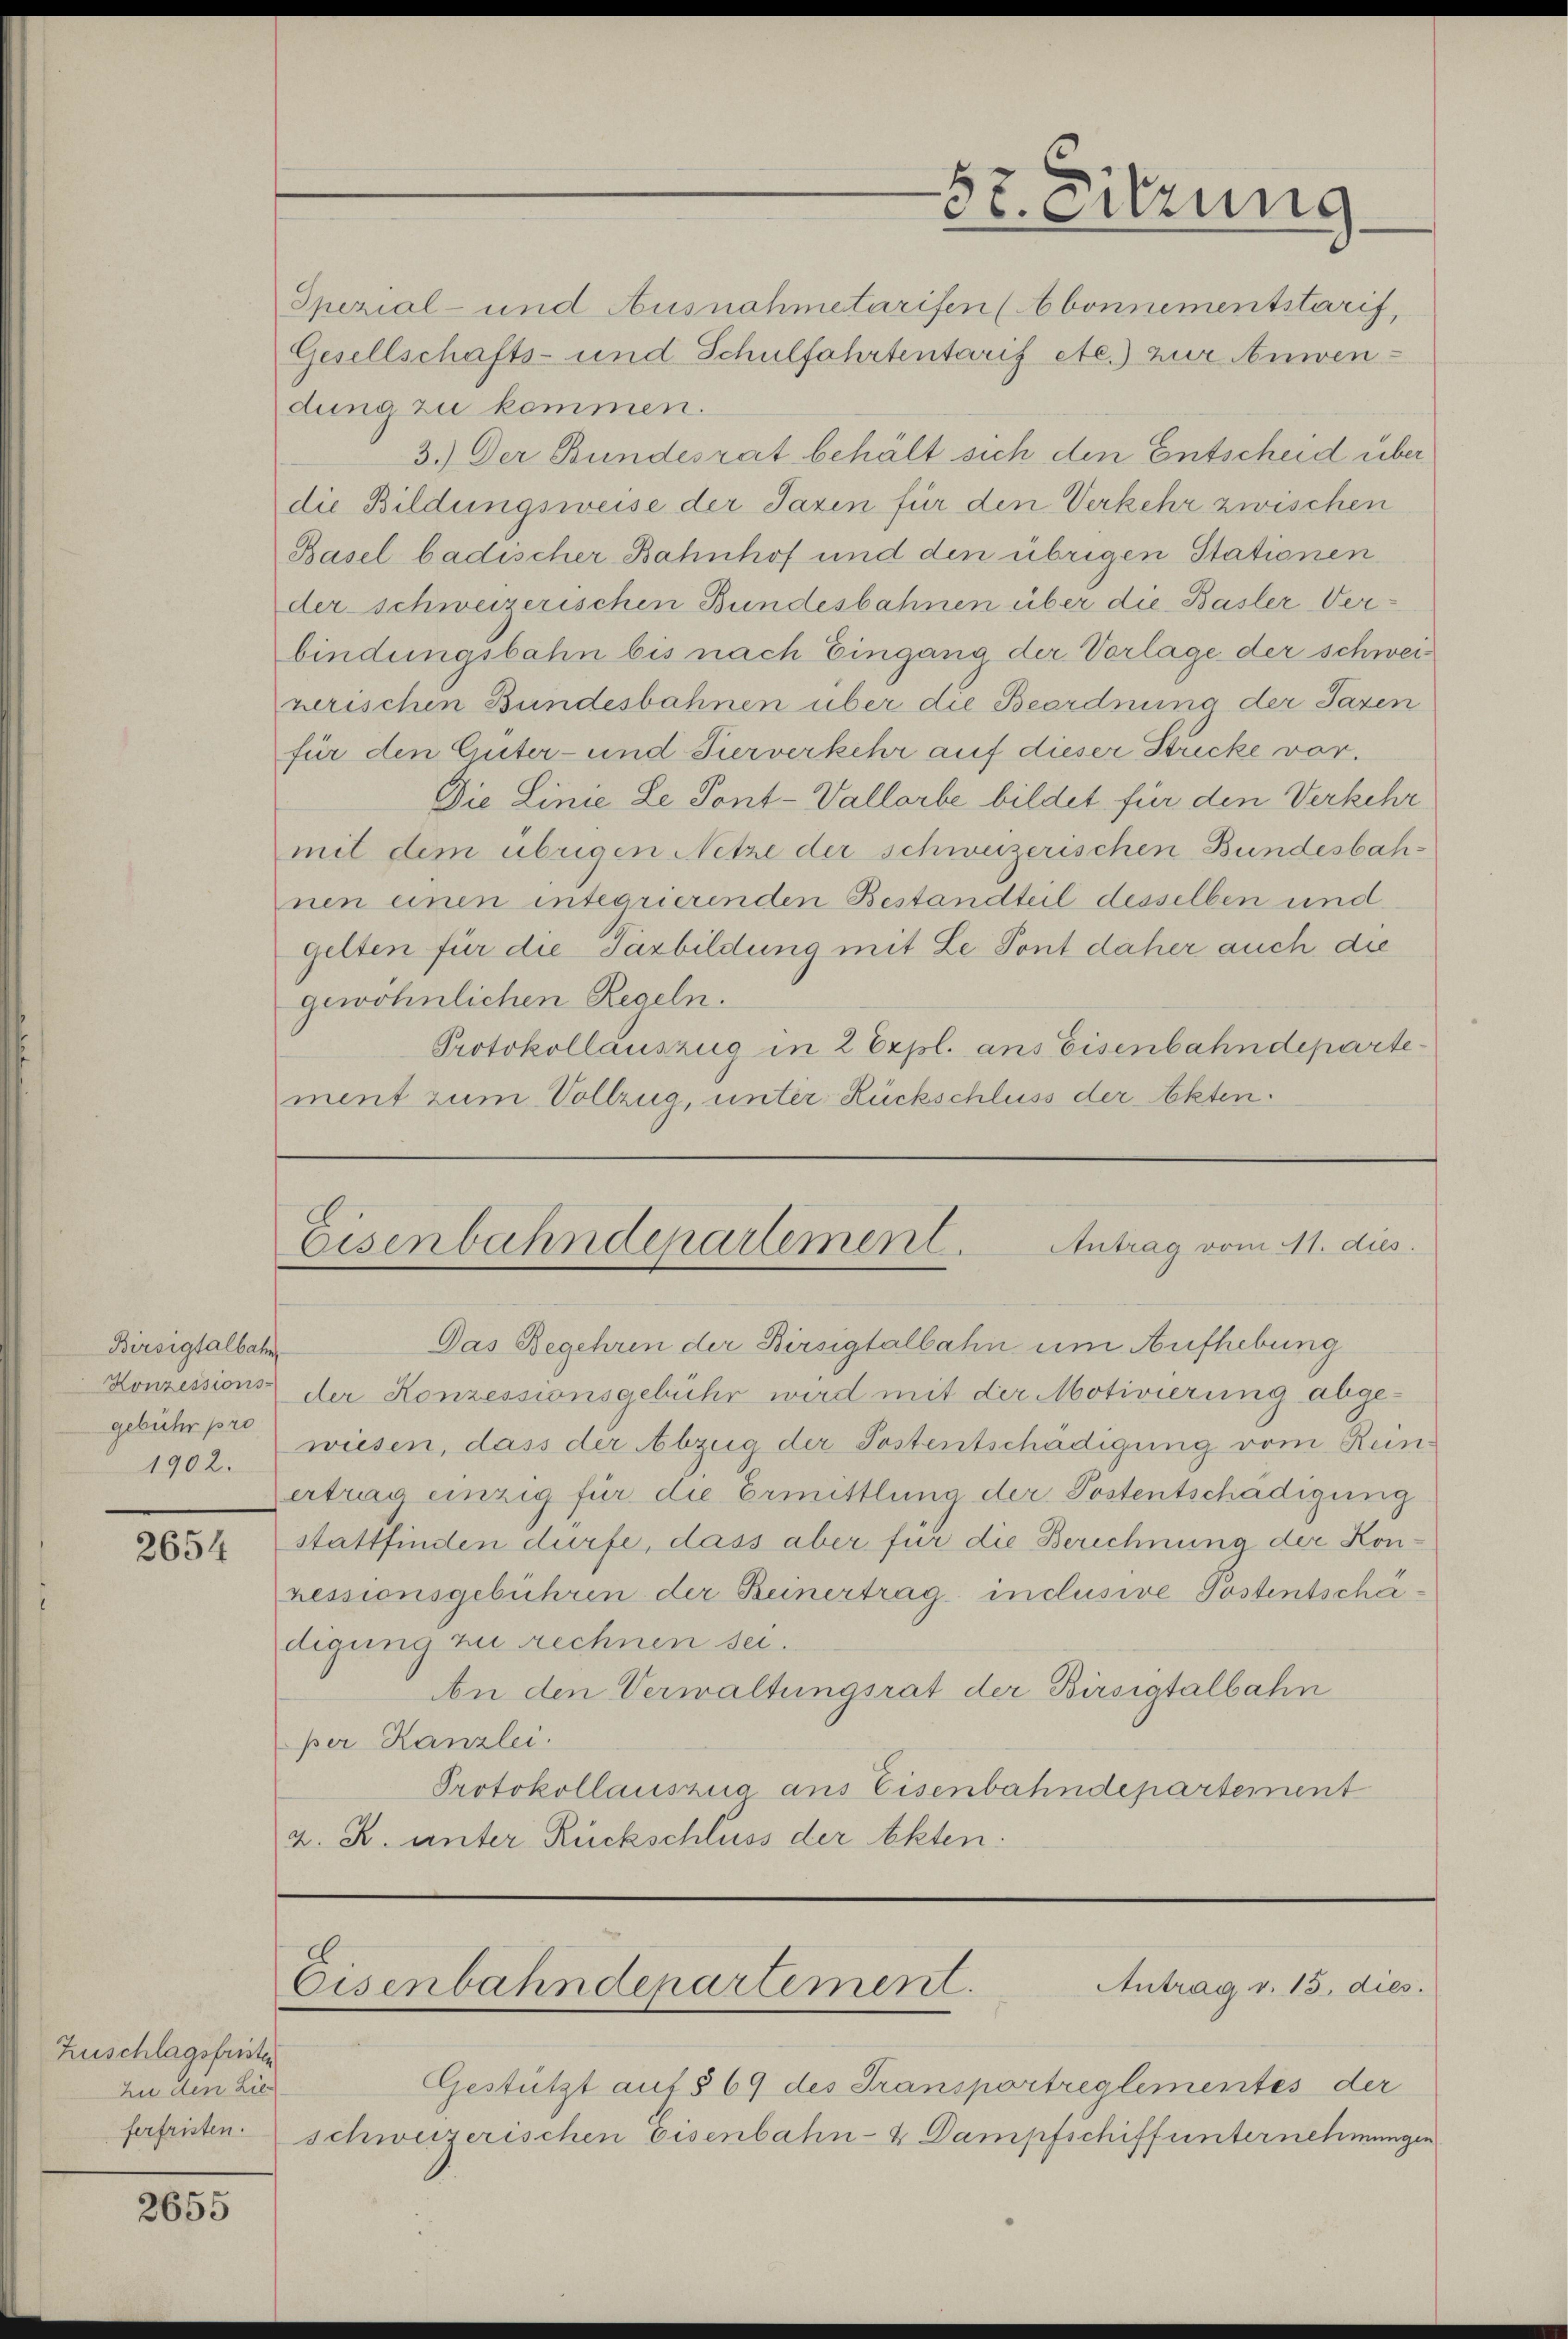
Birsigtalbahn
Konzessions-
gebühr pro
1902.

2654

Zuschlagsfristen
Zu den Lie
ferfristen.

2655

57. Sitzung

Spezial- und Ausnahmetarifen (Abonnementstarif,
Gesellschafts- und Schulfahrtentarif etc.) zur Anwendung zu kommen.
3.) Der Bundesrat behält sich den Entscheid über
die Bildungsweise der Jazin für den Verkehr zwischen
Basel badischer Bahnhof und den übrigen Stationen
der schweizerischen Bundesbahnen über die Basler Verbindungsbahn bis nach Eingang der Vorlage der schweizerischen Bundesbahnen über die Beordnung der Taxen
für den Güter- und Puerverkehr auf dieser Stricke vor.
Die Linie Le Pont-Vallorbe bildet für den Verkehr
mit dem übrigen Netze der schweizerischen Bundesbahnen einen integrierenden Bestandteil desselben und
gelten für die Parbildung mit Le Pont daher auch die
gewöhnlichen Regeln.
Protokollauszug in 2 Expl. ans Eisenbahndepartement zum Vollzug, unter Rückschluss der Akten.

Antrag vom 11. dies
Eisenbahndepartement.

Antrag v. 15. dies.
Eisenbahndepartement.

Das Begehren der Birsigtalbahn um Aufhebung
der Konzessionsgebühr wird mit der Motivierung abgewiesen, dass der Abzug der Postentschädigung vom Renertrag einzig für die Ermittlung der Postentschädigung
stattfinden dürfe, dass aber für die Berechnung der Konressionsgebühren der Beinertrag inclusive Postentschädigung zu rechnen sei.
An den Verwaltungsrat der Birsigtalbahn
per Kanzlei.
Protokollauszug aus Eisenbahndepartement
z. R. unter Rückschluss der Akten:

Gestützt auf § 69 des Transportreglementes der
schweizerischen Eisenbahn- & Dampfschiff unternehmungen